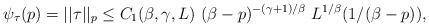
LaTeX: \begin{align*} \psi_{\tau}(p) = ||\tau||_p \le C_1(\beta,\gamma,L) \ (\beta - p)^{-(\gamma + 1)/\beta} \ L^{1/\beta}(1/(\beta - p)),\end{align*}